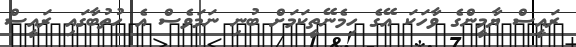
ރައީސް ޔާމީންގެ ވާހަކަ އޭގެ ހިމެނޭތީކަމަށް ބުނި ނަމަވެސް އެ ހުތުބާގައި ރައީސް